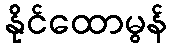
နိုင်ထောမွန်